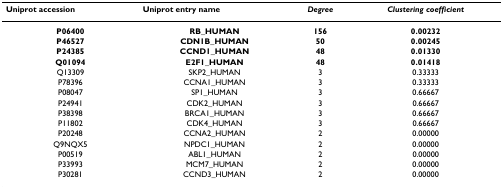
| Uniprot accession | Uniprot entry name | Degree | Clustering coefficient |
 | --- | --- | --- | --- |
 | P06400 | RB_HUMAN | 156 | 0.00232 |
 | P46527 | CDN1B_HUMAN | 50 | 0.00245 |
 | P24385 | CCND1_HUMAN | 48 | 0.01330 |
 | Q01094 | E2F1_HUMAN | 48 | 0.01418 |
 | Q13309 | SKP2_HUMAN | 3 | 0.33333 |
 | P78396 | CCNA1_HUMAN | 3 | 0.33333 |
 | P08047 | SP1_HUMAN | 3 | 0.66667 |
 | P24941 | CDK2_HUMAN | 3 | 0.66667 |
 | P38398 | BRCA1_HUMAN | 3 | 0.66667 |
 | P11802 | CDK4_HUMAN | 3 | 0.66667 |
 | P20248 | CCNA2_HUMAN | 2 | 0.00000 |
 | Q9NQX5 | NPDC1_HUMAN | 2 | 0.00000 |
 | P00519 | ABL1_HUMAN | 2 | 0.00000 |
 | P33993 | MCM7_HUMAN | 2 | 0.00000 |
 | P30281 | CCND3_HUMAN | 2 | 0.00000 |